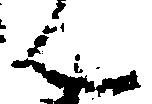
ん